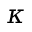
\kappa